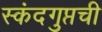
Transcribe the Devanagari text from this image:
स्कंदगुप्तची